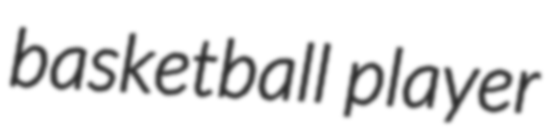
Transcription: basketball player